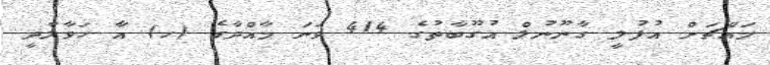
މައްޗަށް އުފުލީ ގާނޫނުލް އުގޫބާތުގެ 414 ވަނަ މާއްދާގެ (ހ) އާ ހަވާލާދީ